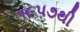
૧૯૫૭થી